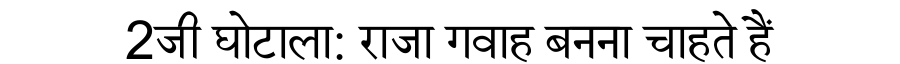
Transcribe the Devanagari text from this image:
2जी घोटाला: राजा गवाह बनना चाहते हैं